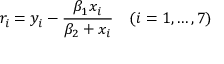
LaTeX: r _ { i } = y _ { i } - { \frac { \beta _ { 1 } x _ { i } } { \beta _ { 2 } + x _ { i } } } \quad ( i = 1 , \dots , 7 )